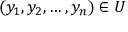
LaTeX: ( y _ { 1 } , y _ { 2 } , \ldots , y _ { n } ) \in U